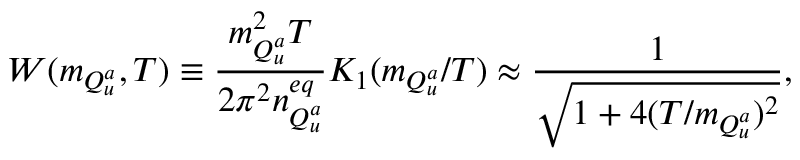
W ( m _ { Q _ { u } ^ { a } } , T ) \equiv \frac { m _ { Q _ { u } ^ { a } } ^ { 2 } T } { 2 \pi ^ { 2 } n _ { Q _ { u } ^ { a } } ^ { e q } } K _ { 1 } ( m _ { Q _ { u } ^ { a } } / T ) \approx \frac { 1 } { \sqrt { 1 + 4 ( T / m _ { Q _ { u } ^ { a } } ) ^ { 2 } } } ,